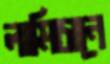
লামিচানে